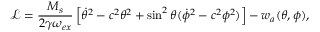
\mathcal { L } = \frac { M _ { s } } { 2 \gamma \omega _ { e x } } \left[ \dot { \theta } ^ { 2 } - c ^ { 2 } \theta ^ { 2 } + \sin ^ { 2 } \theta ( \dot { \phi } ^ { 2 } - c ^ { 2 } \phi ^ { 2 } ) \right] - w _ { a } ( \theta , \phi ) ,